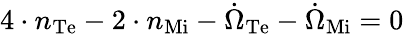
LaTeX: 4\cdot n_{\mathrm{{Te}}}-2\cdot n_{\mathrm{{Mi}}}-{\dot{\Omega}}_{\mathrm{{Te}}}-{\dot{\Omega}}_{\mathrm{{Mi}}}=0